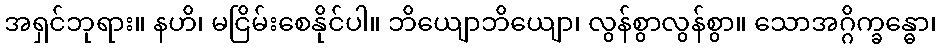
အရှင်ဘုရား။ နဟိ၊ မငြိမ်းစေနိုင်ပါ။ ဘိယျောဘိယျော၊ လွန်စွာလွန်စွာ။ သောအဂ္ဂိက္ခန္ဓော၊